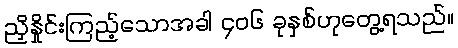
ညှိနှိုင်းကြည့်သောအခါ ၄၀၆ ခုနှစ်ဟုတွေ့ရသည်။